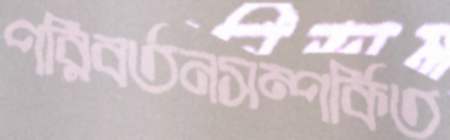
পরিবর্তনসম্পর্কিত